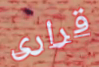
قرارى